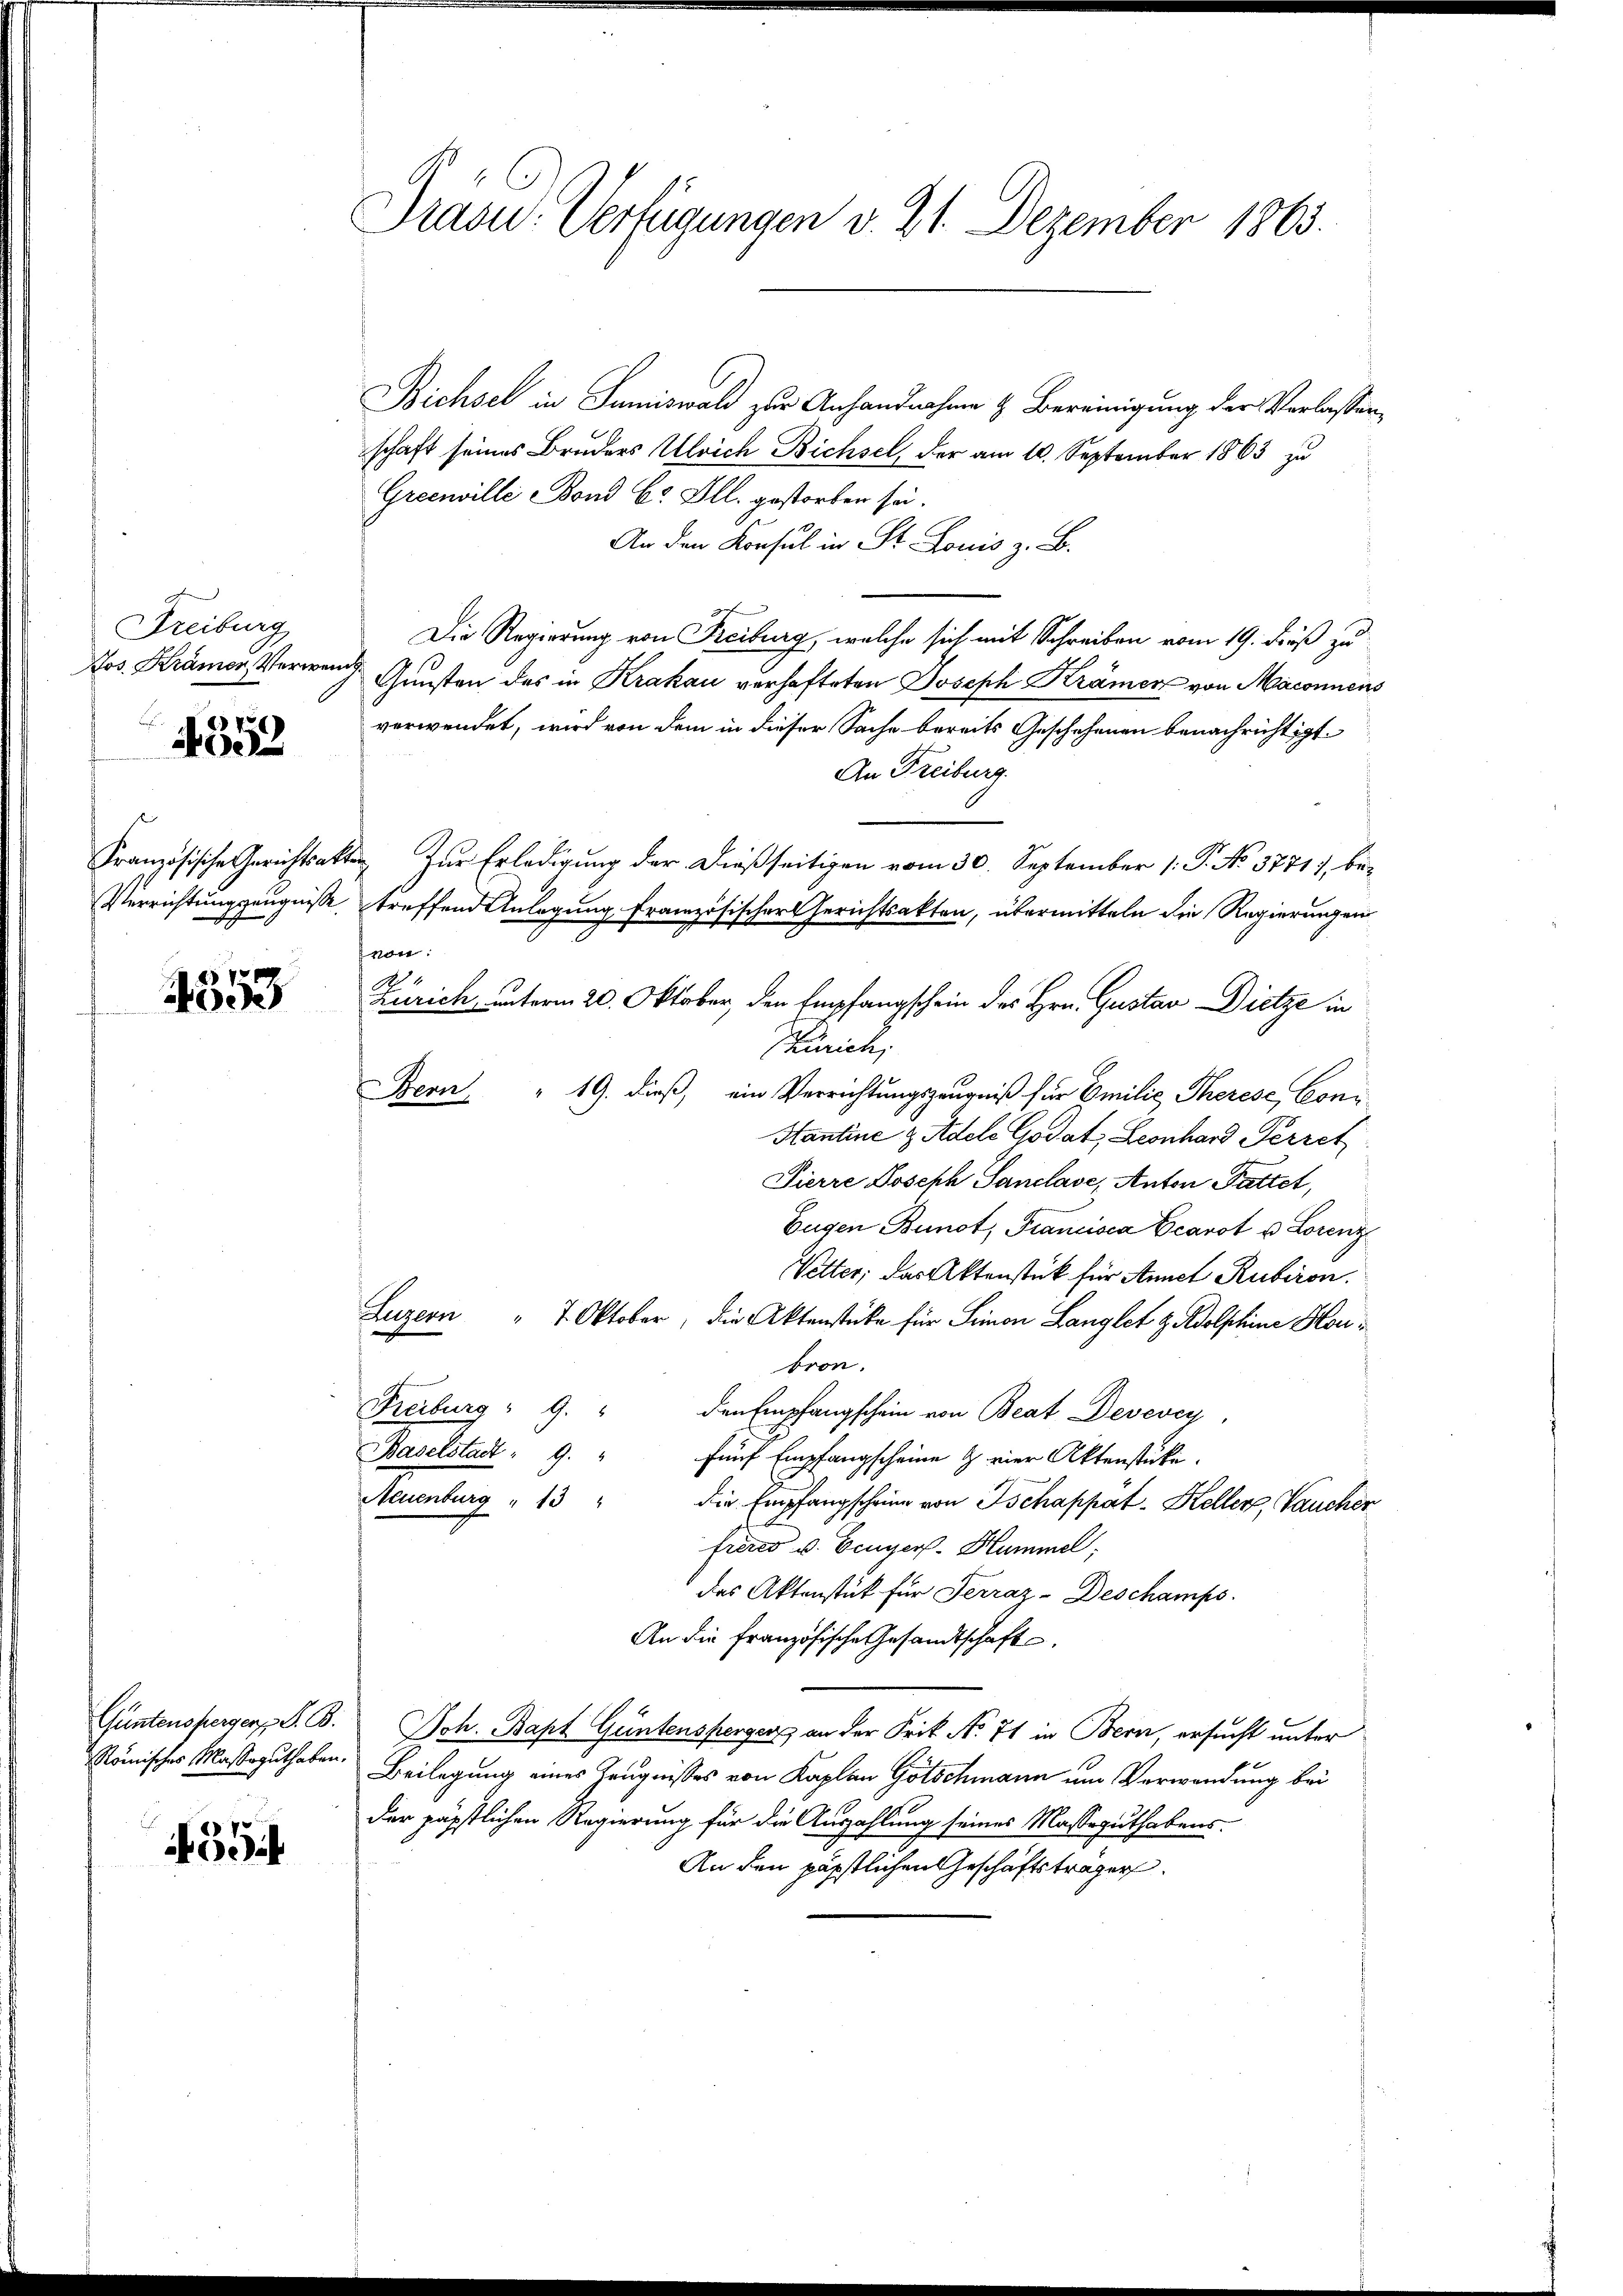
Freiburg,

4352

4553

Güntenspergers S. B.

394

Präsid.: Verfügungen v. 21. Dezember 1863.

Bichsel in Sumiswald zur Anhandnahme & Bereinigung der Verlassen,
schaft seines Bruders Ulrich Bichsel, der am 10. September 1863 zu
Greenville Bond C. Ill. gestorben sei.
An den Konsul in St. Louis z. B.
Die Regierung von Freiburg, welche sich mit Schreiben vom 19. dieß zu
Jos. Krämer, Verwand Gunsten des in Krakau verhafteten Joseph Krämer von Maconuens
verwendet, wird von dem in dieser Sache bereits Geschehenen benachrichtigt
An Freiburg.
Französische Gerichtsakten zŭr Erledigung der dießseitigen vom 30. September 1. P. No. 5771), be¬
Verrichtungszeugnisse treffend Anlegung französischer Gerichtsakten, übermitteln die Regierungen
von
4
Zürich unterm 20. Oktober, den Empfangschein des Hrn. Gustav Dietze in
Zürich,
Beon " 19. dieß, ein Verrichtungszeugniß für Emilie Therese Con¬
Hantine & Adele Godat, Leonhard Perret
Pierre Joseph Sanclave, Anton Pattet,
Eugen Bunot, Francisca Ecarot u. Lorenz¬
Vetter, das Aktenstück für Annet Rubiron.
Luzern " 7 Oktober, die Aktenstüke für Simon Langlet z. Adolphine Horbron.
Freiburg " 9. " den Empfangschein von Beat Devevey,
Baselstadt " 9 "
fünf Empfangscheine & vier Aktenstücke.
Neuenburg " 13 " die Empfangscheine von Tschappät- Keller, Vaucher
freres v. Einger-Hummel;
das Aktenstück für Terraz-Deschamps.
An die französische Gesandtschaft.
Joh. Bapt Güntensperger an der Frik No 71 in Bern, ersucht unter
Römisches Massaguthaben. Beilegung eines Zeugnisses von Kaplan Götschmann um Verwendung bei
der päpstlichen Regierung für die Auszahlung seines Masseguthabens¬
An den päpstlichen Geschäftsträger